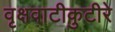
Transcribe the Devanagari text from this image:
वृक्षवाटीकुटीरे